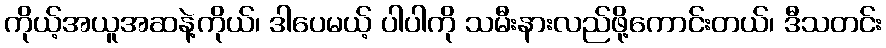
ကိုယ့်အယူအဆနဲ့ကိုယ်၊ ဒါပေမယ့် ပါပါကို သမီးနားလည်ဖို့ကောင်းတယ်၊ ဒီသတင်း